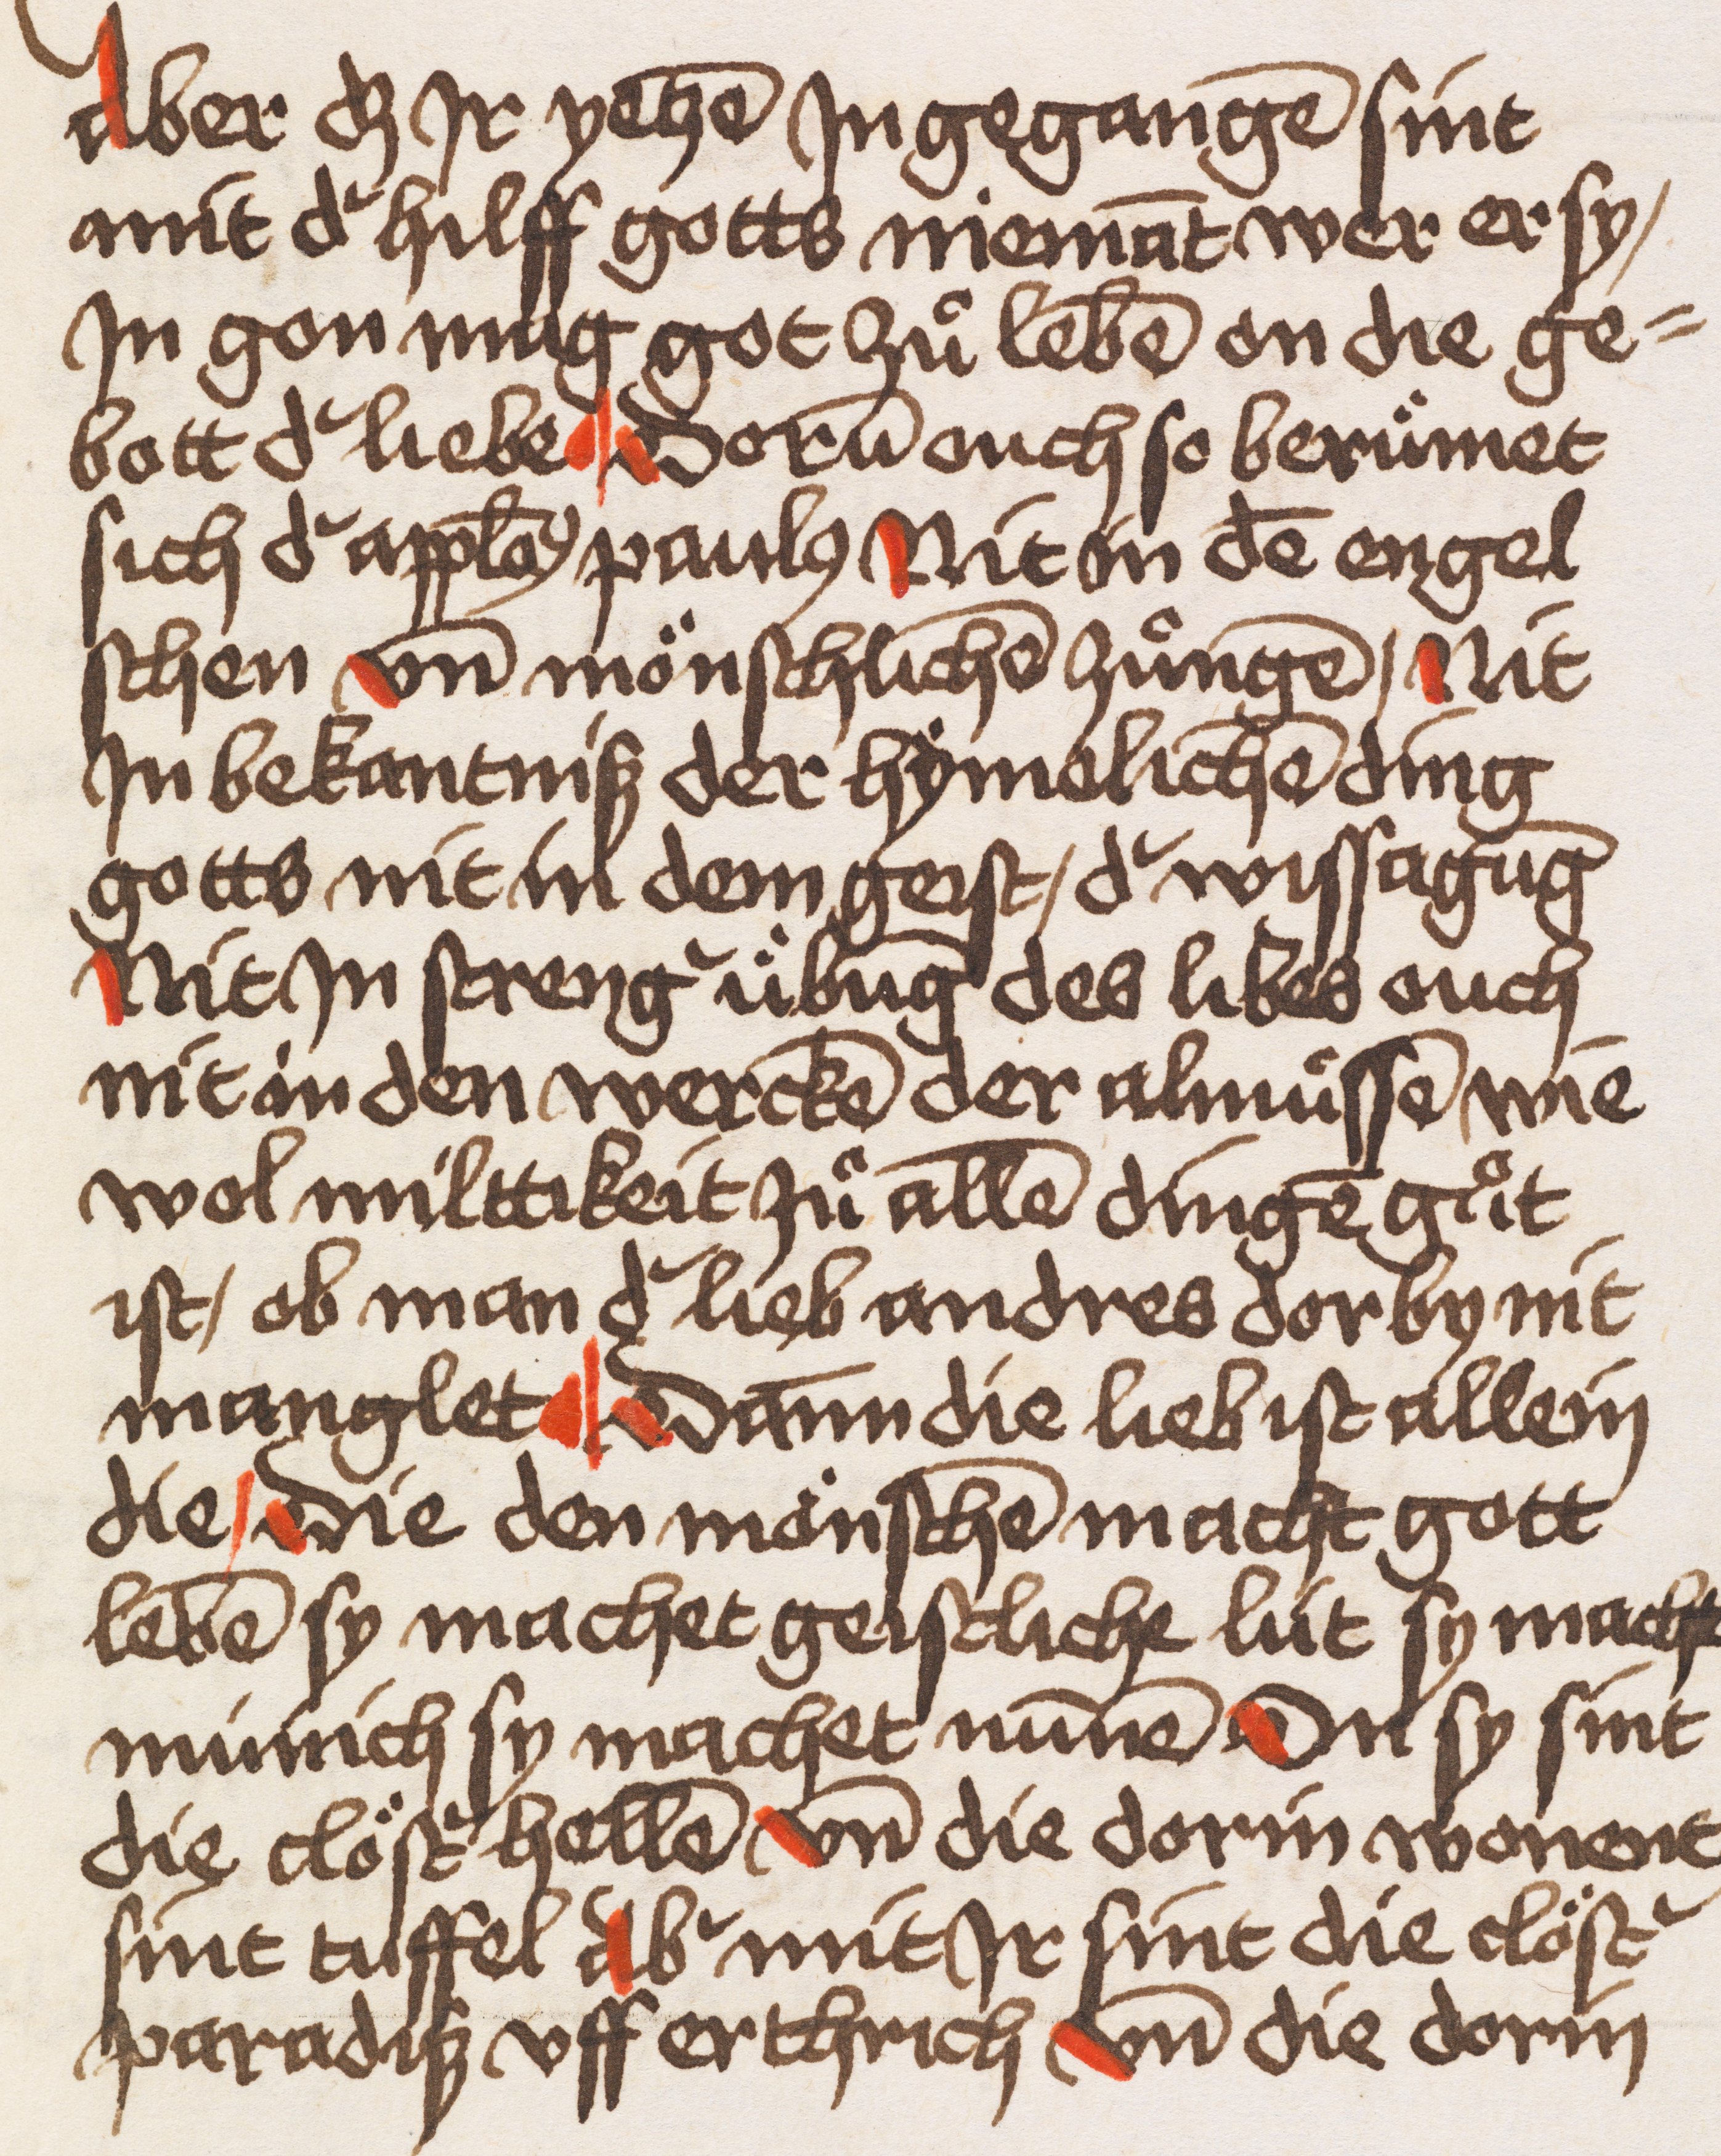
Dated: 1400–1499